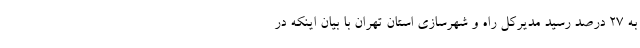
به ۲۷ درصد رسید مدیرکل راه و شهرسازی استان تهران با بیان اینکه در